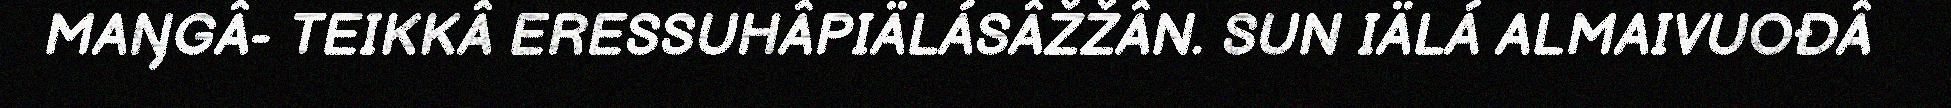
MAŊGÂ- TEIKKÂ ERESSUHÂPIÄLÁSÂŽŽÂN. SUN IÄLÁ ALMAIVUOĐÂ